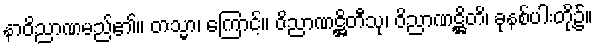
နာဝိညာဏမည်၏။ တသ္မာ၊ ကြောင့်။ ဝိညာဏဋ္ဌိတီသု၊ ဝိညာဏဋ္ဌိတိ၊ ခုနစ်ပါးတို့၌။